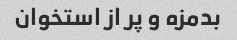
بدمزه و پر از استخوان